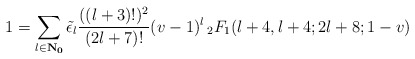
\begin{align*}1 = \sum_{l \in \bf{N}_0} \tilde{\epsilon}_l \frac{((l+3)!)^2}{(2l+7)!} (v-1)^l \, _2F_1(l+4, l+4; 2l+8;1-v)\end{align*}